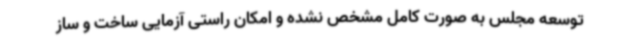
توسعه مجلس به صورت کامل مشخص نشده و امکان راستی آزمایی ساخت و ساز